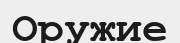
Оружие